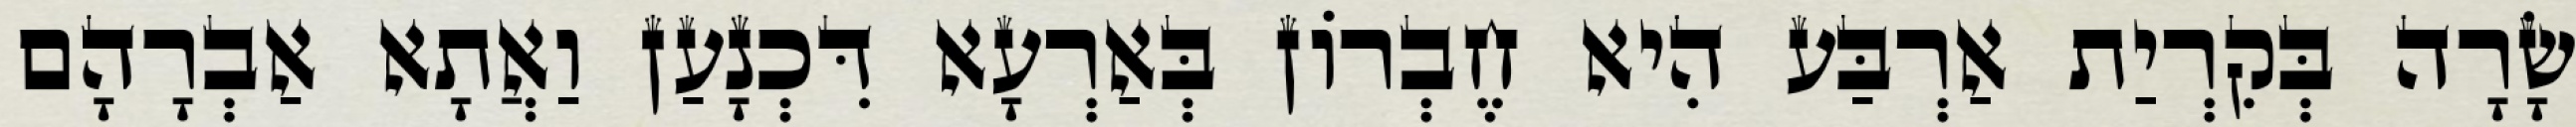
שָׂרָה בְּקִרְיַת אַרְבַּע הִיא חֶבְרוֹן בְּאַרְעָא דִּכְנָעַן וַאֲתָא אַבְרָהָם